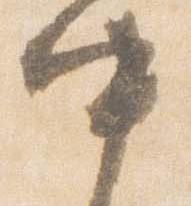
中